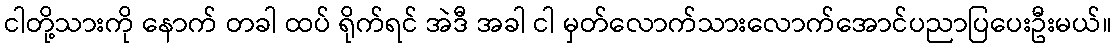
ငါတို့သားကို နောက် တခါ ထပ် ရိုက်ရင် အဲဒီ အခါ ငါ မှတ်လောက်သားလောက်အောင်ပညာပြပေးဦးမယ်။